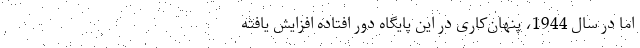
اما در سال 1944، پنهان‌کاری در این پایگاه دور افتاده افزایش یافته